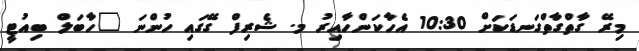
މިރޭ ގާތްގާތްގަނޑަކަށް 10:30 އެހާކަންހާއިރު މ. ޝެރިފް ގޭގައި ހުންނަ "ހާބަލް ބިއުޓީ